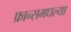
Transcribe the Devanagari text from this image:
फ्रान्समधल्या